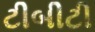
ટીબીટી